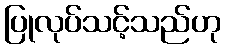
ပြုလုပ်သင့်သည်ဟု